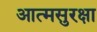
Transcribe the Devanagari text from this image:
आत्मसुरक्षा